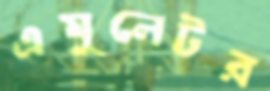
এমুলেটর